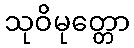
သုဝိမုတ္တော